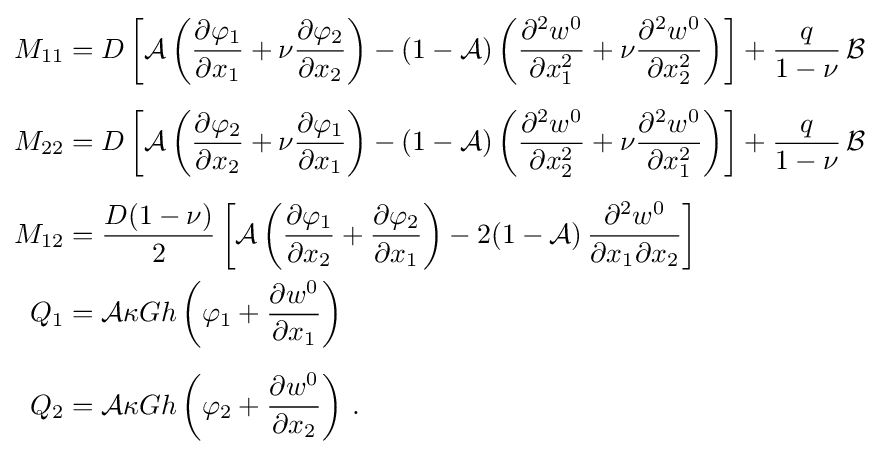
{\begin{aligned}M_{11}&=D\left[{\mathcal {A}}\left({\frac {\partial \varphi _{1}}{\partial x_{1}}}+\nu {\frac {\partial \varphi _{2}}{\partial x_{2}}}\right)-(1-{\mathcal {A}})\left({\frac {\partial ^{2}w^{0}}{\partial x_{1}^{2}}}+\nu {\frac {\partial ^{2}w^{0}}{\partial x_{2}^{2}}}\right)\right]+{\frac {q}{1-\nu }}\,{\mathcal {B}}\\[5pt]M_{22}&=D\left[{\mathcal {A}}\left({\frac {\partial \varphi _{2}}{\partial x_{2}}}+\nu {\frac {\partial \varphi _{1}}{\partial x_{1}}}\right)-(1-{\mathcal {A}})\left({\frac {\partial ^{2}w^{0}}{\partial x_{2}^{2}}}+\nu {\frac {\partial ^{2}w^{0}}{\partial x_{1}^{2}}}\right)\right]+{\frac {q}{1-\nu }}\,{\mathcal {B}}\\[5pt]M_{12}&={\frac {D(1-\nu )}{2}}\left[{\mathcal {A}}\left({\frac {\partial \varphi _{1}}{\partial x_{2}}}+{\frac {\partial \varphi _{2}}{\partial x_{1}}}\right)-2(1-{\mathcal {A}})\,{\frac {\partial ^{2}w^{0}}{\partial x_{1}\partial x_{2}}}\right]\\Q_{1}&={\mathcal {A}}\kappa Gh\left(\varphi _{1}+{\frac {\partial w^{0}}{\partial x_{1}}}\right)\\[5pt]Q_{2}&={\mathcal {A}}\kappa Gh\left(\varphi _{2}+{\frac {\partial w^{0}}{\partial x_{2}}}\right)\,.\end{aligned}}